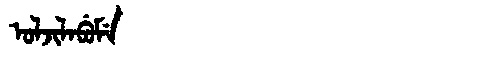
Manchu: ᠣᠯᠵᡳᠯᠠᠪᡠᠮᡝ
Romanization: OLJILABUME